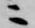
ニ